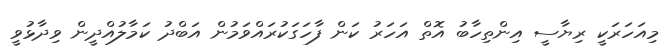
މިއަހަރަކީ ރިޔާސީ އިންތިހާބު އޮތް އަހަރު ކަން ފާހަގަކުރައްވަމުން އަބްދު ކަމާލުއްދީން ވިދާޅުވީ